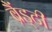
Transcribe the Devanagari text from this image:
ब्रैंड्टी